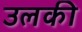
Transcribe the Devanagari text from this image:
उलकी